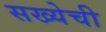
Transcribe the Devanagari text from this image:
सख्येची